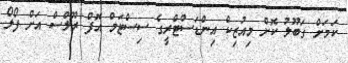
ކަމަށް ގަބޫލު ކޮށް މިއުޒިކް އިންޑަސްޓްރީގެ ސިސްޓަމް އޮފް ރޫލްސް އަށް ފޯލޯ